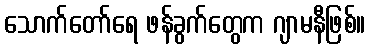
သောက်တော်ရေ ဖန်ခွက်တွေက ဂျာမနီဖြစ်။